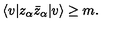
\langle v | z _ { \alpha } \bar { z } _ { \alpha } | v \rangle \geq m .